Annual report of the Punjab Veterinary College and of the Civil Veterinary Department, Punjab - 1894-1908
Year: 1894
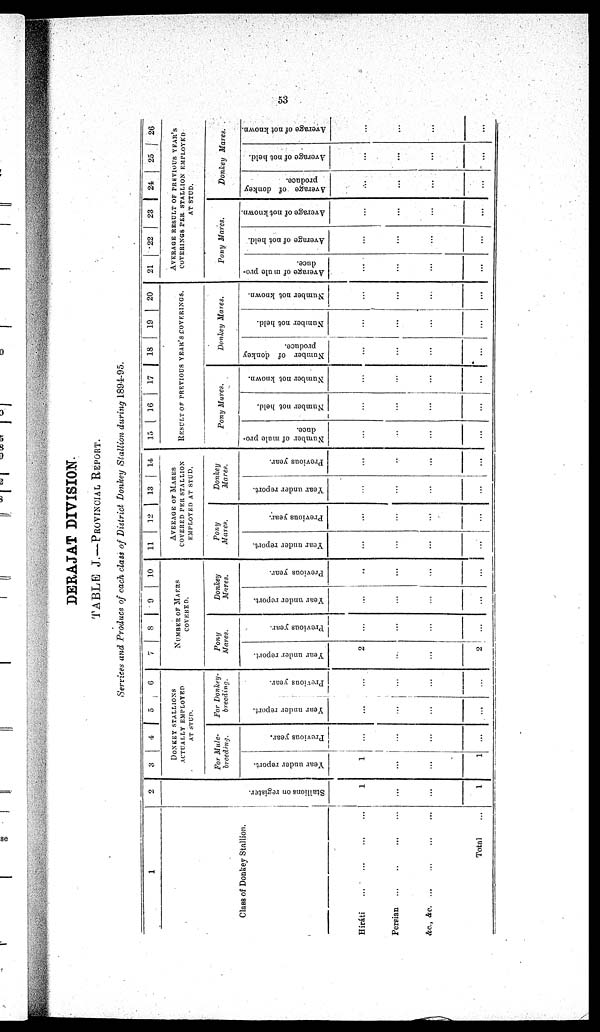
53
DERAJAT DIVISION.
TABLE J.—PROVINCIAL REPORT.
Services and Produce of each class of District Donkey Stallion during 1894-95.
1
Class of Donkey Stallion.
Hiráti ... ... ... ...
Persian ... ... ... ...
&c., &c. ... ... ... ...
Total ...
2
St al l
i
ons on register.
1
...
...
1
3
4
5
6
DONKEY STALLIONS
ACTUALLY EMPLOYED
AT STUD.
For Mule-
breeding.
Year under report.
1
...
...
1
Previous year.
...
...
...
...
For Donkey-
breeding.
Year under report.
...
...
...
...
Previous year.
...
...
...
...
7
8
9
10
NUMBER OF MAERS
COVERED.
Pony
Mares.
Year under report.
2
...
...
2
Previous year.
...
...
...
...
Donkey
Mares.
Year under report.
...
...
...
...
Previous year.
..
...
...
...
11
12
13
14
AVEEAGE OF MARES
COVERED PER STALLION
EMPLOYED AT STUD.
Pony
Mares.
Year under report.
...
...
...
...
Previous year.
...
...
...
...
Donkey
Mares.
Year under report.
...
...
...
...
Previous year.
...
...
...
...
15
16
17
18
19
20
RESULT OF PREVIOUS YEAR'S COVERINGS.
Pony Mures.
Number of mule pro-
duce.
...
...
...
...
Number not held.
...
...
...
...
Number not known.
...
...
...
...
Donkey
Mares.
Number of donkey
produce.
...
...
...
...
Number not held.
...
...
...
...
Number not known.
...
...
...
...
21
22
23
24
25
26
AVERAGE RESULT OF PREVIOUS YEAR'S
COVERINGS PER STALLION EMPLOYED
AT STUD.
Pony Mares.
Average of mule pro-
duce.
...
...
...
...
Average of not held.
...
...
...
...
Average of not known.
...
...
...
...
Donkey
Mares.
Average of donkey
produce.
...
...
...
...
Average of not held.
...
...
...
...
Average of not known.
...
...
...
...